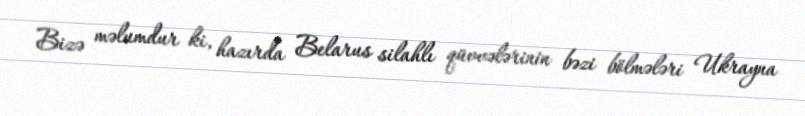
Bizə məlumdur ki, hazırda Belarus silahlı qüvvələrinin bəzi bölmələri Ukrayna